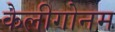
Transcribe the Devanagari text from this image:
केलीगोनम